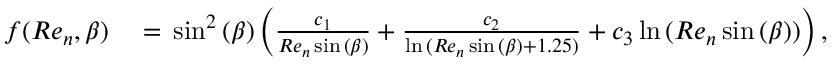
\begin{array} { r l } { f ( R e _ { n } , \beta ) } & { { } = { } \sin ^ { 2 } { ( \beta ) } \left( \frac { c _ { 1 } } { R e _ { n } \sin { ( \beta ) } } + \frac { c _ { 2 } } { \ln { ( R e _ { n } \sin { ( \beta ) } + 1 . 2 5 ) } } + c _ { 3 } \ln { ( R e _ { n } \sin { ( \beta ) } ) } \right) , } \end{array}